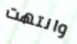
وانتهت